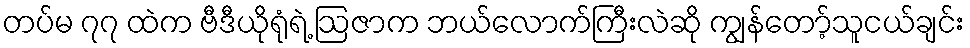
တပ်မ ၇၇ ထဲက ဗီဒီယိုရုံရဲ့ ဩဇာက ဘယ်လောက်ကြီးလဲဆို ကျွန်တော့်သူငယ်ချင်း